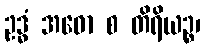
ဥဒ္ဓံ အဓော စ တိရိယဉ္စ၊